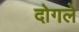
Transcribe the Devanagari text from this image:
दोगले